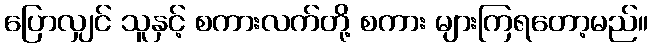
ပြောလျှင် သူနှင့် စကားလက်တို့ စကား များကြရတော့မည်။